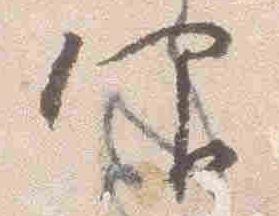
仰